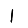
Digit: 1